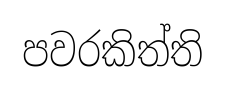
පවරකිත්ති